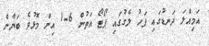
އަމިއްލަ ދަނޑުގައި ފަހު ލެގުގައި ޕޯޓޯ އަތުން 6-1 އިން މޮޅުވެ ބަޔާން